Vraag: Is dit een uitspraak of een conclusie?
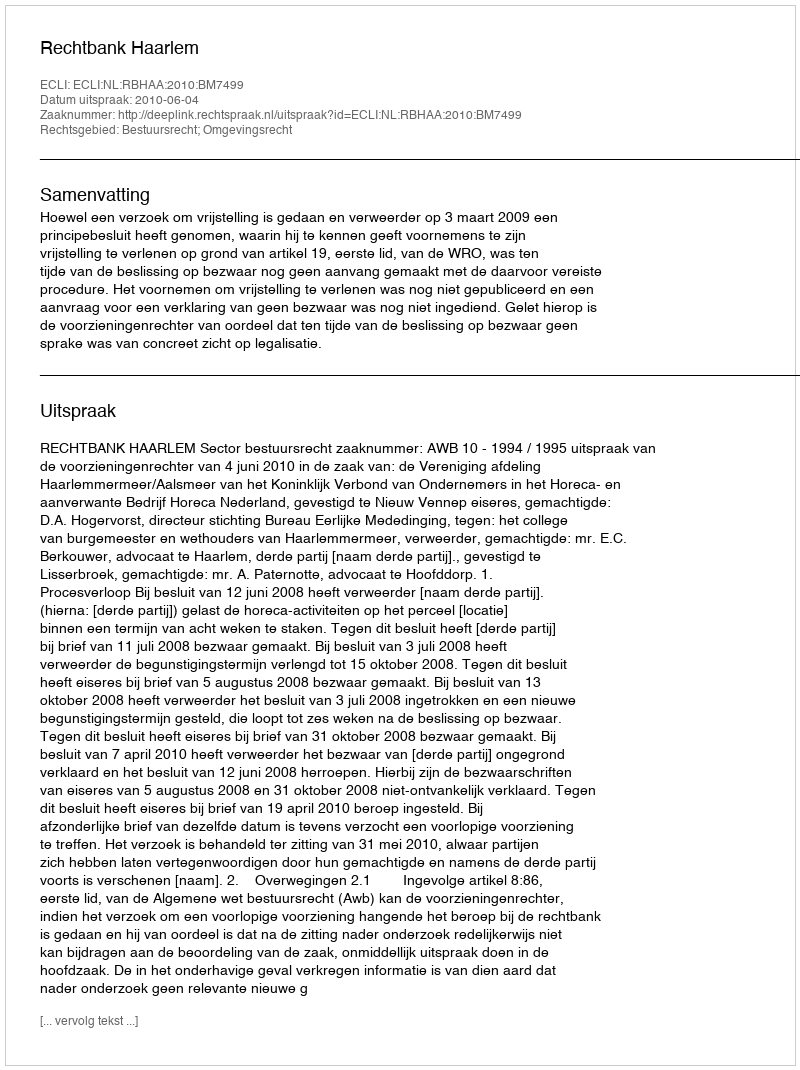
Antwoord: Uitspraak